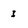
Character: I